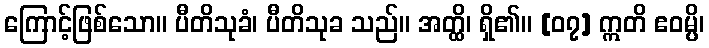
ကြောင့်ဖြစ်သော။ ပီတိသုခံ၊ ပီတိသုခ သည်။ အတ္ထိ၊ ရှိ၏။ [၀၇] ဣတိ ဧဝမ္ပိ၊